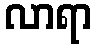
လာရာ